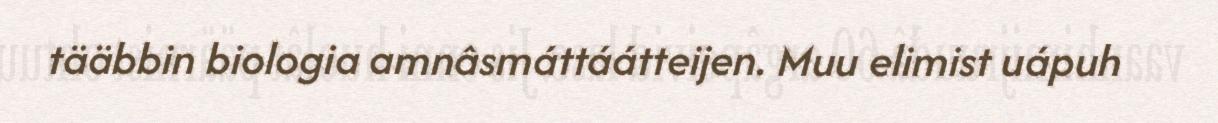
tääbbin biologia amnâsmáttáátteijen. Muu elimist uápuh